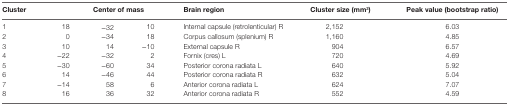
| Cluster | <COLSPAN=3> Center of mass | Brain region | Cluster size (mm3) | Peak value (bootstrap ratio) |
 | --- | --- | --- | --- | --- | --- | --- |
 | 1 | 18 | −32 | 10 | Internal capsule (retrolenticular) R | 2,152 | 6.03 |
 | 2 | 0 | −34 | 18 | Corpus callosum (splenium) R | 1,160 | 4.85 |
 | 3 | 10 | 14 | −10 | External capsule R | 904 | 6.57 |
 | 4 | −22 | −32 | 2 | Fornix (cres) L | 720 | 4.69 |
 | 5 | −30 | −60 | 34 | Posterior corona radiata L | 640 | 5.92 |
 | 6 | 14 | −46 | 44 | Posterior corona radiata R | 632 | 5.04 |
 | 7 | −14 | 58 | 6 | Anterior corona radiata L | 624 | 7.07 |
 | 8 | 16 | 36 | 32 | Anterior corona radiata R | 552 | 4.59 |